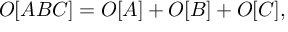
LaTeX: { \cal O } [ A B C ] = { \cal O } [ A ] + { \cal O } [ B ] + { \cal O } [ C ] ,